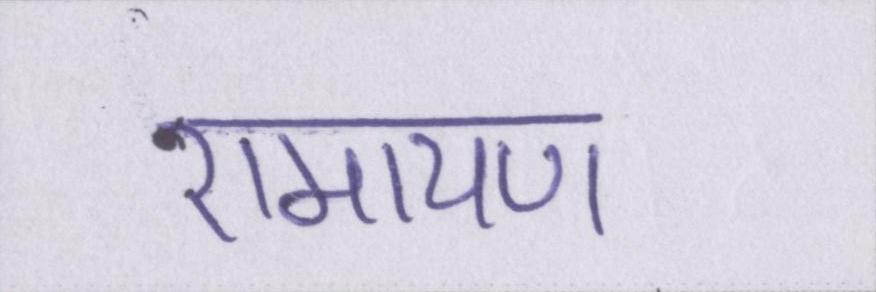
रामायण